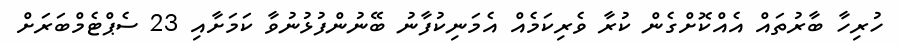
ހުރިހާ ބާރުތައް އެއްކޮށްގެން ކުރާ ވެރިކަމެއް އެމަނިކުފާނު ބޭނުންފުޅުނުވާ ކަމަށާއި 23 ސެޕްޓެމްބަރަށް